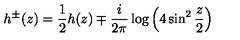
h ^ { \pm } ( z ) = \frac { 1 } { 2 } h ( z ) \mp \frac { i } { 2 \pi } \log \left( 4 \sin ^ { 2 } \frac { z } { 2 } \right)